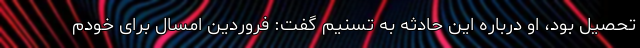
تحصیل بود، او درباره این حادثه به تسنیم گفت: فروردین امسال برای خودم